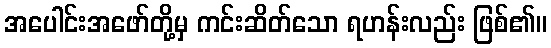
အပေါင်းအဖော်တို့မှ ကင်းဆိတ်သော ရဟန်းလည်း ဖြစ်၏။